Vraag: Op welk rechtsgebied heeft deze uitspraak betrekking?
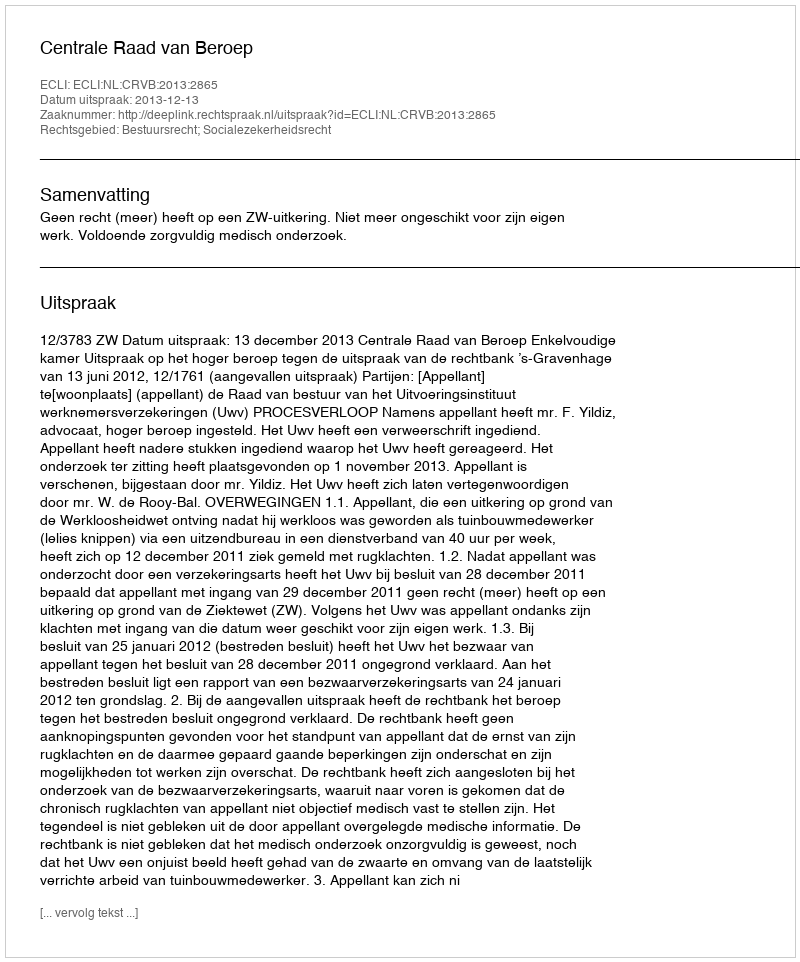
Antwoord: Bestuursrecht; Socialezekerheidsrecht